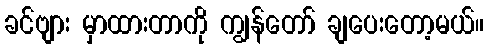
ခင်ဗျား မှာထားတာကို ကျွန်တော် ချပေးတော့မယ်။